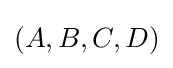
(A,B,C,D)